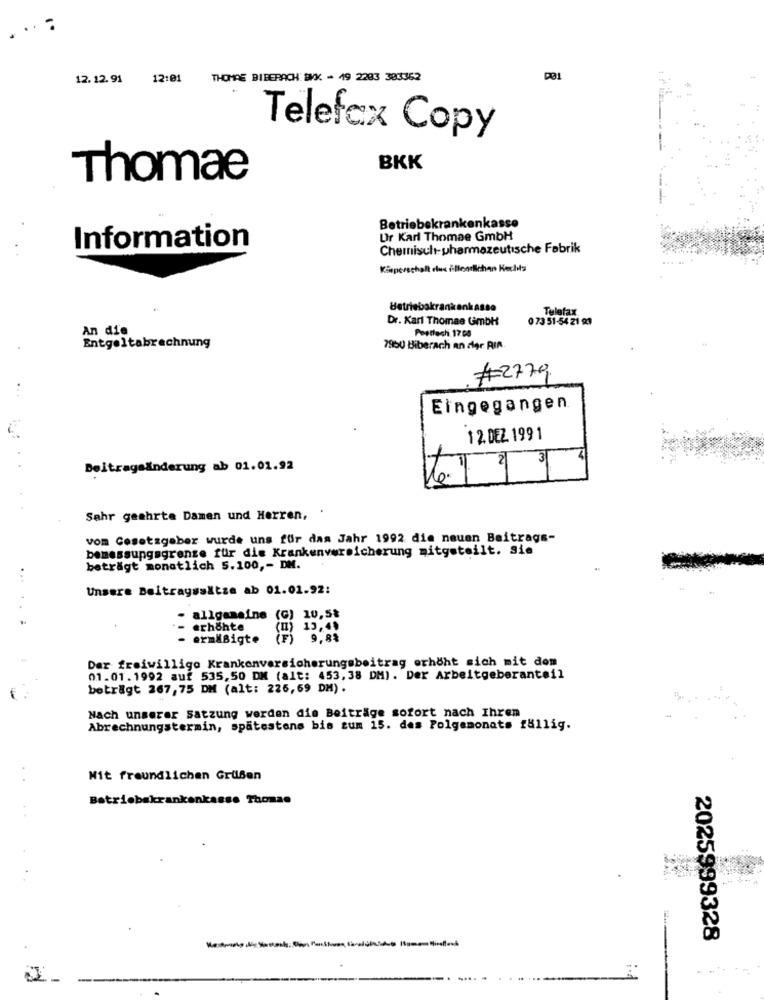
.. .
12.12.91
12:01
THOMAS BIBERACH BVK - 49 2283 383362
Telefax Copy
BKK
Thomae
Betriebekrankenkasse
Ur Karl Thomae GmbH
Information
Chemnisult-pharmazeutische Fabrik
Körperschaft due illendiehan Rechts
Betriebakrank
Telefax
Dr. Karl Thomas GmbH
0 73 51-54 21 93
An die
Poodlech 17:00
Entgeltabrechnung
7950 Biberach an der RIN
#2779
Eingegangen
-
12. DEZ 1991
e
Beitragsänderung ab 01.01.92
Sehr geehrte Damen und Herren,
vom Gesetzgeber wurde uns für das Jahr 1992 die neuen Beitrags-
bemessungsgrenze für die Krankenversicherung mitgeteilt. Sie
beträgt monatlich 5.100 ,- DM.
...
Unsere Beitragssätze ab 01.01.92:
allgamaine (G) 10,5%
erhöhte
) 13,4.
ermäßigte
(F) 9,8%
Dar freiwilligo Krankenversicherungsbeitrag erhöht sich mit dom
01.01.1992 auf 535,50 DM (alt: 453,38 DM). Der Arbeitgeberanteil
beträgt 267,75 DM (alt: 226,69 DM) .
Nach unserer Satzung werden die Beiträge sofort nach Ihren
Abrechnungstermin, spätestens bis zum 15. des Folgemonats fällig.
Mit freundlichen Grußen
Betriebskrankenkasse Thomas
2025999328
2-